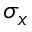
\sigma _ { x }